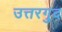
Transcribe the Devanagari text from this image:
उत्तरगुद